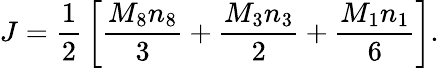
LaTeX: J={\frac{1}{2}}\left[{\frac{M_{8}n_{8}}{3}}+{\frac{M_{3}n_{3}}{2}}+{\frac{M_{1}n_{1}}{6}}\right].